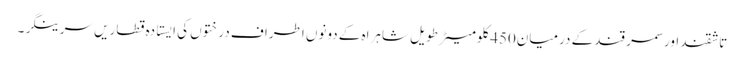
تاشقند اور سمر قند کے درمیان450کلومیٹر طویل شاہراہ کے دونوں اطراف درختوں کی ایستادہ قطاریں سرینگر۔